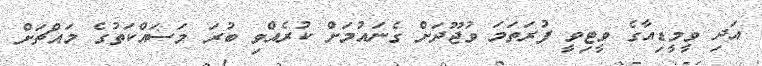
އަދި ވީމީޑިއާގެ ވީޓިވީ ފުރަތަމަ ވުޖޫދަށް ގެނައުމަށް ކުރެއްވި ބުރަ މަސައްކަތުގެ މައްޗަށް